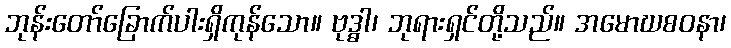
ဘုန်းတော်ခြောက်ပါးရှိကုန်သော။ ဗုဒ္ဓါ၊ ဘုရားရှင်တို့သည်။ အမောဃစဝနာ၊